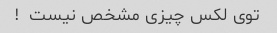
توی لکس چیزی مشخص نیست  !